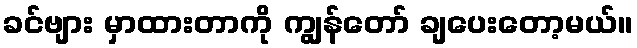
ခင်ဗျား မှာထားတာကို ကျွန်တော် ချပေးတော့မယ်။